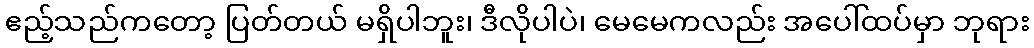
ဧည့်သည်ကတော့ ပြတ်တယ် မရှိပါဘူး၊ ဒီလိုပါပဲ၊ မေမေကလည်း အပေါ်ထပ်မှာ ဘုရား